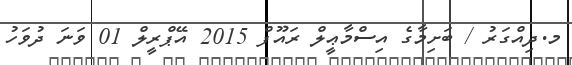
މ.ދިއްގަރު / ބަށިމާގެ އިސްމާޢީލް ރައޫފް 2015 އޭޕްރީލް 01 ވަނަ ދުވަހު